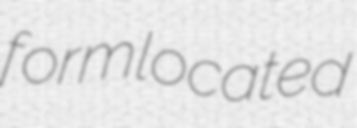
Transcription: form located